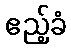
ဧည့်ခံ